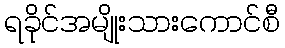
ရခိုင်အမျိုးသားကောင်စီ